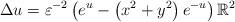
LaTeX: \begin{align*}\Delta u =\varepsilon^{-2}\left(e^{u}-\left(x^{2}+y^{2}\right) e^{-u}\right) \mathbb{R}^2\end{align*}